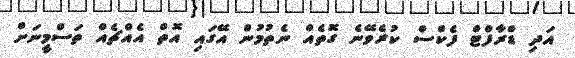
އަދި ޑްރާފްޓް ފެކްސް ކުރެވޭނެ ގޮތެއް ނެތުމުން އޭގައި އޮތް އެއްޗެއް ތަސްމީނަށް